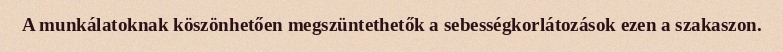
A munkálatoknak köszönhetően megszüntethetők a sebességkorlátozások ezen a szakaszon.